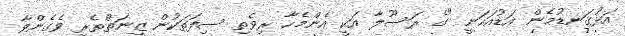
އަޅުގަނޑުމެން އަޑުއަހަނީ "ގެ ރަސޫލާ އަކީ އެންމެހާ ރިވެތި ސިފަތަކުން ޒީނަތްތެރި ވެގެންވާ